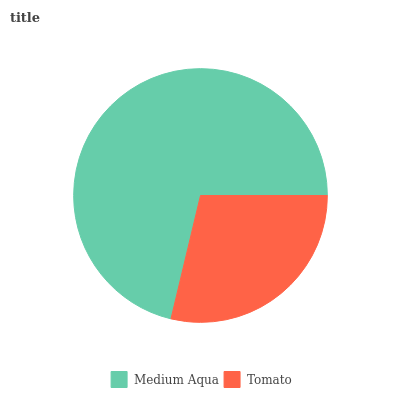
| Medium Aqua | Tomato |
 | --- | --- |
 | 71.2% | 28.8% |